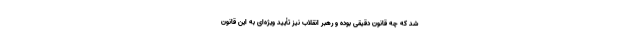
شد که چه قانون دقیقی بوده و رهبر انقلاب نیز تأیید ویژه‌ای به این قانون